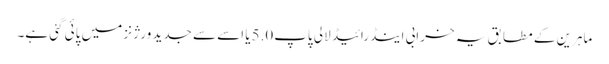
ماہرین کے مطابق یہ خرابی اینڈرائیڈ لالی پاپ5.0یا اسے سے جدید ورژنز میں پائی گئی ہے۔